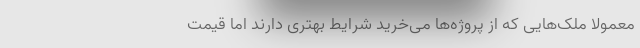
معمولا ملک‌هایی که از پروژه‌ها می‌خرید شرایط بهتری دارند اما قیمت